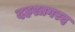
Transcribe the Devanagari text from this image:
दहश्तगरद